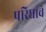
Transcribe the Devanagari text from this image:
परिघाचे